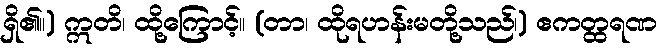
ရှိ၏။) ဣတိ၊ ထို့ကြောင့်။ (တာ၊ ထိုရဟန်းမတို့သည်၊) ဧကတ္ထရဏ